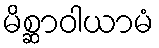
မိစ္ဆာဝါယာမံ